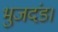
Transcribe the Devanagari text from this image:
भुजदंड।